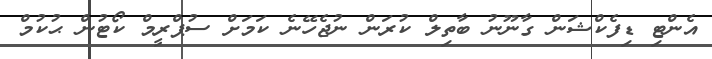
އެންޓި ޑިފެކްޝަން ގާނޫނު ބާތިލް ކުރަން ނުޖެހޭނެ ކަމަށް ސުޕްރީމް ކޯޓުން ޙުކުމް